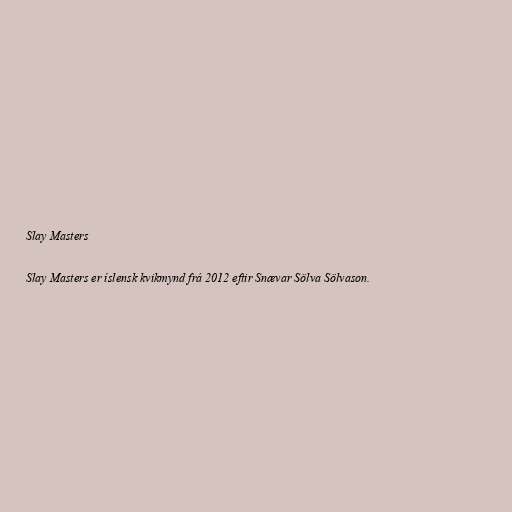
Slay Masters

Slay Masters er íslensk kvikmynd frá 2012 eftir Snævar Sölva Sölvason.